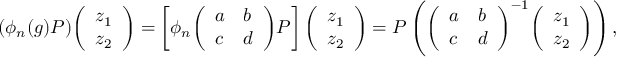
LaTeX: ( \phi _ { n } ( g ) P ) { \left( \begin{array} { l } { z _ { 1 } } \\ { z _ { 2 } } \end{array} \right) } = \left[ \phi _ { n } { \left( \begin{array} { l l } { a } & { b } \\ { c } & { d } \end{array} \right) } P \right] { \left( \begin{array} { l } { z _ { 1 } } \\ { z _ { 2 } } \end{array} \right) } = P \left( { \left( \begin{array} { l l } { a } & { b } \\ { c } & { d } \end{array} \right) } ^ { - 1 } { \left( \begin{array} { l } { z _ { 1 } } \\ { z _ { 2 } } \end{array} \right) } \right) , \qquad P \in \mathbf { P } _ { n } ^ { 2 } .